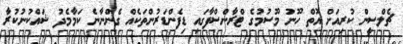
ޗެލްސީން ކުރިއަށް އޮތް ހޫނު މޫސުމުގެ ޓްރާންސްފާގައި ޑިފެންޑަރުންތަކެއް ގެންނާނެ ކަމާމެދު ޝައްކުނުކުރާ